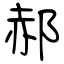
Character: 郝